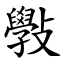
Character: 斅